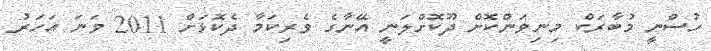
ހުސްނީ މުބާރަކް މިނިވަންކޮށް ދޫކޮށްލަނީ އޭނާގެ ވެރިކަމާ ދެކޮޅަށް 2011 ވަނަ އަހަރު